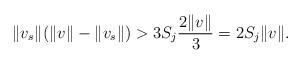
LaTeX: \begin{align*}\|v_s\| (\|v\|-\|v_s\|)>3S_j \frac{2\|v\|}{3}=2S_j\|v\|. \end{align*}